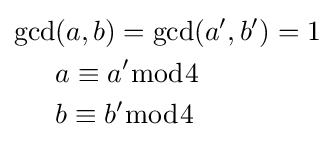
{\begin{aligned}\gcd &(a,b)=\gcd(a',b')=1\\&a\equiv a'{\bmod {4}}\\&b\equiv b'{\bmod {4}}\end{aligned}}